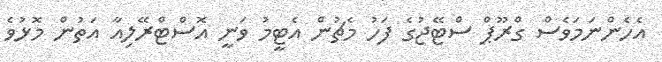
އެހެންނަމަވެސް ގްރޫޕް ސްޓޭޖުގެ ފަހު މެޗުން އެޓީމު ވަނީ އޮސްޓްރޭލިއާ އަތުން މޮޅުވެ